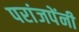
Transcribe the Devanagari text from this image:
परांजपेंनी